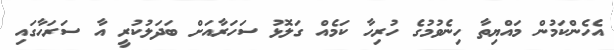
އެހެންކަމުން މައްޔިތާ ހިނެވުމުގެ ހުރިހާ ކަމެއް ގަލޮޅު ސަހަރާއަށް ބަދަލުކުރީ އާ ސަރަހާގައި